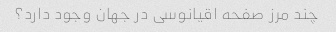
چند مرز صفحه اقیانوسی در جهان وجود دارد؟